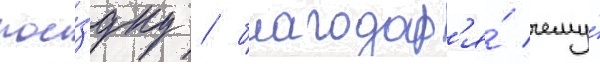
пое́здку / благодар'я́ чему́